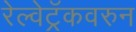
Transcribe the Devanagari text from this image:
रेल्वेट्रॅकवरुन